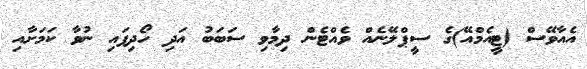
އެއާވޭސް (ޓީއެމްއޭ)ގެ ސީޕްލޭނެއް ވެއްޓެން ދިމާވި ސަބަބު އަދި ހޯދިފައި ނުވާ ކަމަށާއި